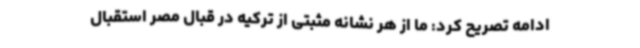
ادامه تصریح کرد: ما از هر نشانه مثبتی از ترکیه در قبال مصر استقبال